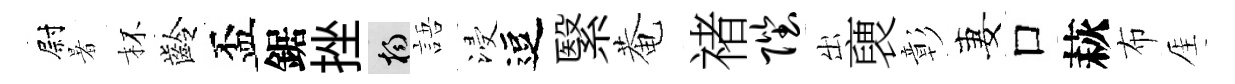
尉暑杯齡盃鋸挫楊語浸逗繄菴禇陛出褏彰妻口萩布厓